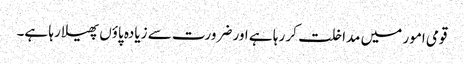
قومی امور میں مداخلت کر رہا ہے اور ضرورت سے زیادہ پاؤں پھیلا رہا ہے۔